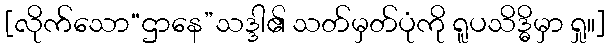
[လိုက်သော“ဌာနေ”သဒ္ဒါ၏ သတ်မှတ်ပုံကို ရူပသိဒ္ဓိမှာ ရှု။]